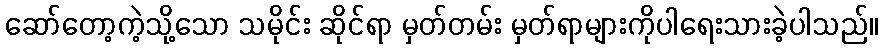
ဆော်တော့ကဲ့သို့သော သမိုင်း ဆိုင်ရာ မှတ်တမ်း မှတ်ရာများကိုပါရေးသားခဲ့ပါသည်။